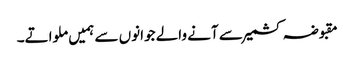
مقبوضہ کشمیر سے آنے والے جوانوں سے ہمیں ملواتے۔